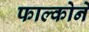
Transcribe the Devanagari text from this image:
फाल्कोने